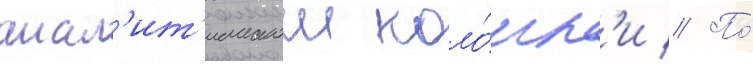
анал'ит'ическои коло́нк'и // По́